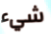
شيء